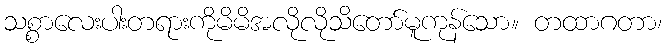
သစ္စာလေးပါးတရားကိုမိမိအလိုလိုသိတော်မူကုန်သော။ တထာဂတာ၊